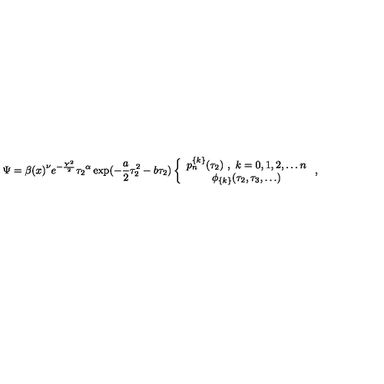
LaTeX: \Psi = { \beta ( x ) } ^ { \nu } e ^ { - \frac { Y ^ { 2 } } { 2 } } { \tau _ { 2 } } ^ { \alpha } \exp ( - \frac { a } { 2 } \tau _ { 2 } ^ { 2 } - b \tau _ { 2 } ) \left\{ \begin{array} { c } { p _ { n } ^ { \{ k \} } ( \tau _ { 2 } ) \ , \ k = 0 , 1 , 2 , \ldots n } \\ { \phi _ { \{ k \} } ( \tau _ { 2 } , \tau _ { 3 } , \ldots ) } \\ \end{array} \ , \right.